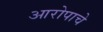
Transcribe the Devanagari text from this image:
आरोपाचे